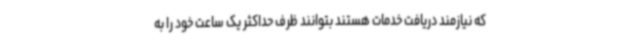
که نیازمند دریافت خدمات هستند بتوانند ظرف حداکثر یک ساعت خود را به